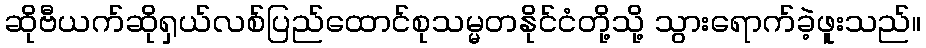
ဆိုဗီယက်ဆိုရှယ်လစ်ပြည်ထောင်စုသမ္မတနိုင်ငံတို့သို့ သွားရောက်ခဲ့ဖူးသည်။